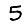
Digit: 5